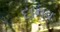
દાનવ